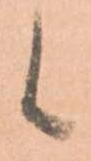
候